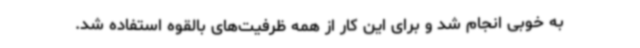
به خوبی انجام شد و برای این کار از همه ظرفیت‌های بالقوه استفاده شد.